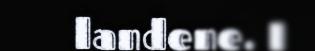
landene. I